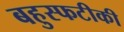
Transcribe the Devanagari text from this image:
बहुस्फटीकी